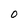
Character: O